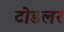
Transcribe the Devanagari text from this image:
टोडलर